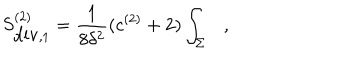
S _ { \mathrm { d i v } , 1 } ^ { ( 2 ) } = { \frac { 1 } { 8 \delta ^ { 2 } } } ( c ^ { ( 2 ) } + 2 ) \int _ { \Sigma } ,